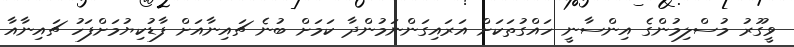
ވީގޫރު މުސްލިމުންގެ އިންސާނީ ހައްގުތަކަށް އަރައިގަންނަމުންދާ ކަމަށް ބުނެ ޗައިނާއަށް ފާޑުކިޔުމަށްފަހު ޗައިނާއާ